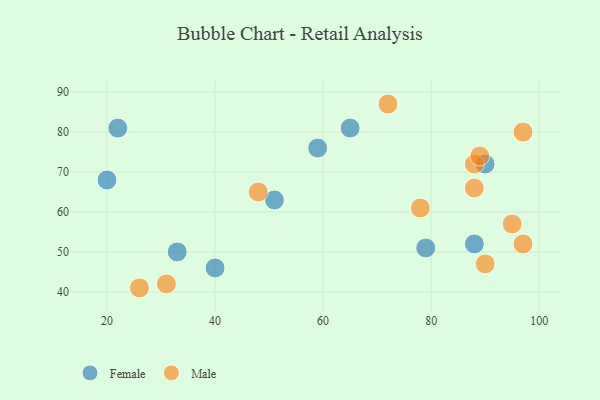
{"axis": {"x": "GDP", "y": "Life Expectancy"}, "legend": ["Female", "Male"], "data": [{"x": "59", "y": 76, "type": "Female"}, {"x": "51", "y": 63, "type": "Female"}, {"x": "88", "y": 52, "type": "Female"}, {"x": "33", "y": 50, "type": "Female"}, {"x": "90", "y": 72, "type": "Female"}, {"x": "65", "y": 81, "type": "Female"}, {"x": "20", "y": 68, "type": "Female"}, {"x": "40", "y": 46, "type": "Female"}, {"x": "79", "y": 51, "type": "Female"}, {"x": "22", "y": 81, "type": "Female"}, {"x": "88", "y": 72, "type": "Male"}, {"x": "97", "y": 52, "type": "Male"}, {"x": "90", "y": 47, "type": "Male"}, {"x": "26", "y": 41, "type": "Male"}, {"x": "48", "y": 65, "type": "Male"}, {"x": "78", "y": 61, "type": "Male"}, {"x": "95", "y": 57, "type": "Male"}, {"x": "31", "y": 42, "type": "Male"}, {"x": "97", "y": 80, "type": "Male"}, {"x": "89", "y": 74, "type": "Male"}, {"x": "72", "y": 87, "type": "Male"}, {"x": "88", "y": 66, "type": "Male"}]}